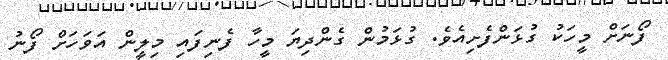
ފޯނަށް މީހަކު ގުޅަންފެށިއެވެ. ގުޅަމުން ގެންދިޔަ މީހާ ފެނިފައި މިލީން އަވަހަށް ފޯނު